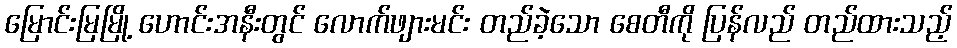
မြောင်းမြမြို့ ဟောင်းအနီးတွင် လောက်ဖျားမင်း တည်ခဲ့သော စေတီကို ပြန်လည် တည်ထားသည့်